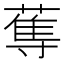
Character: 𱚡